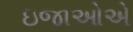
ઇજાઓએ